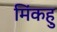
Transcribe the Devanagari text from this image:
मिंकहु